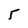
Character: 5